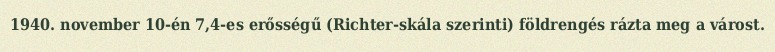
1940. november 10-én 7,4-es erősségű (Richter-skála szerinti) földrengés rázta meg a várost.